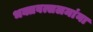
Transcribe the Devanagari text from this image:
भक्तवत्सलमांना